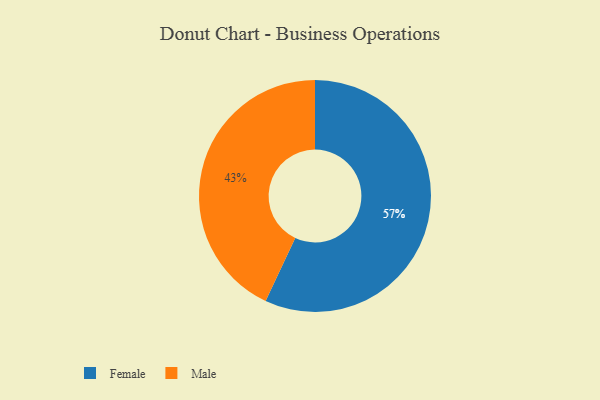
{"axis": {"x": "Category", "y": "Percentage"}, "legend": ["Female", "Male"], "data": [{"x": "Female", "y": 57, "type": "Female"}, {"x": "Male", "y": 43, "type": "Male"}]}